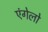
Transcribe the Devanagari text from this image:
एंगेलो